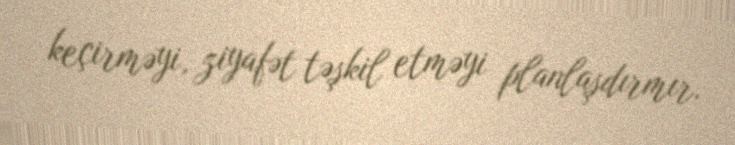
keçirməyi, ziyafət təşkil etməyi planlaşdırmır.